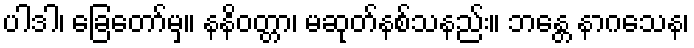
ပါဒါ၊ ခြေတော်မှ။ နနိဝတ္တာ၊ မဆုတ်နစ်သနည်း။ ဘန္တေ နာဂသေန၊